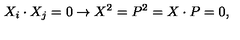
X _ { i } \cdot X _ { j } = 0 \rightarrow X ^ { 2 } = P ^ { 2 } = X \cdot P = 0 ,